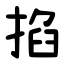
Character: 掐